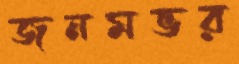
জনমভর